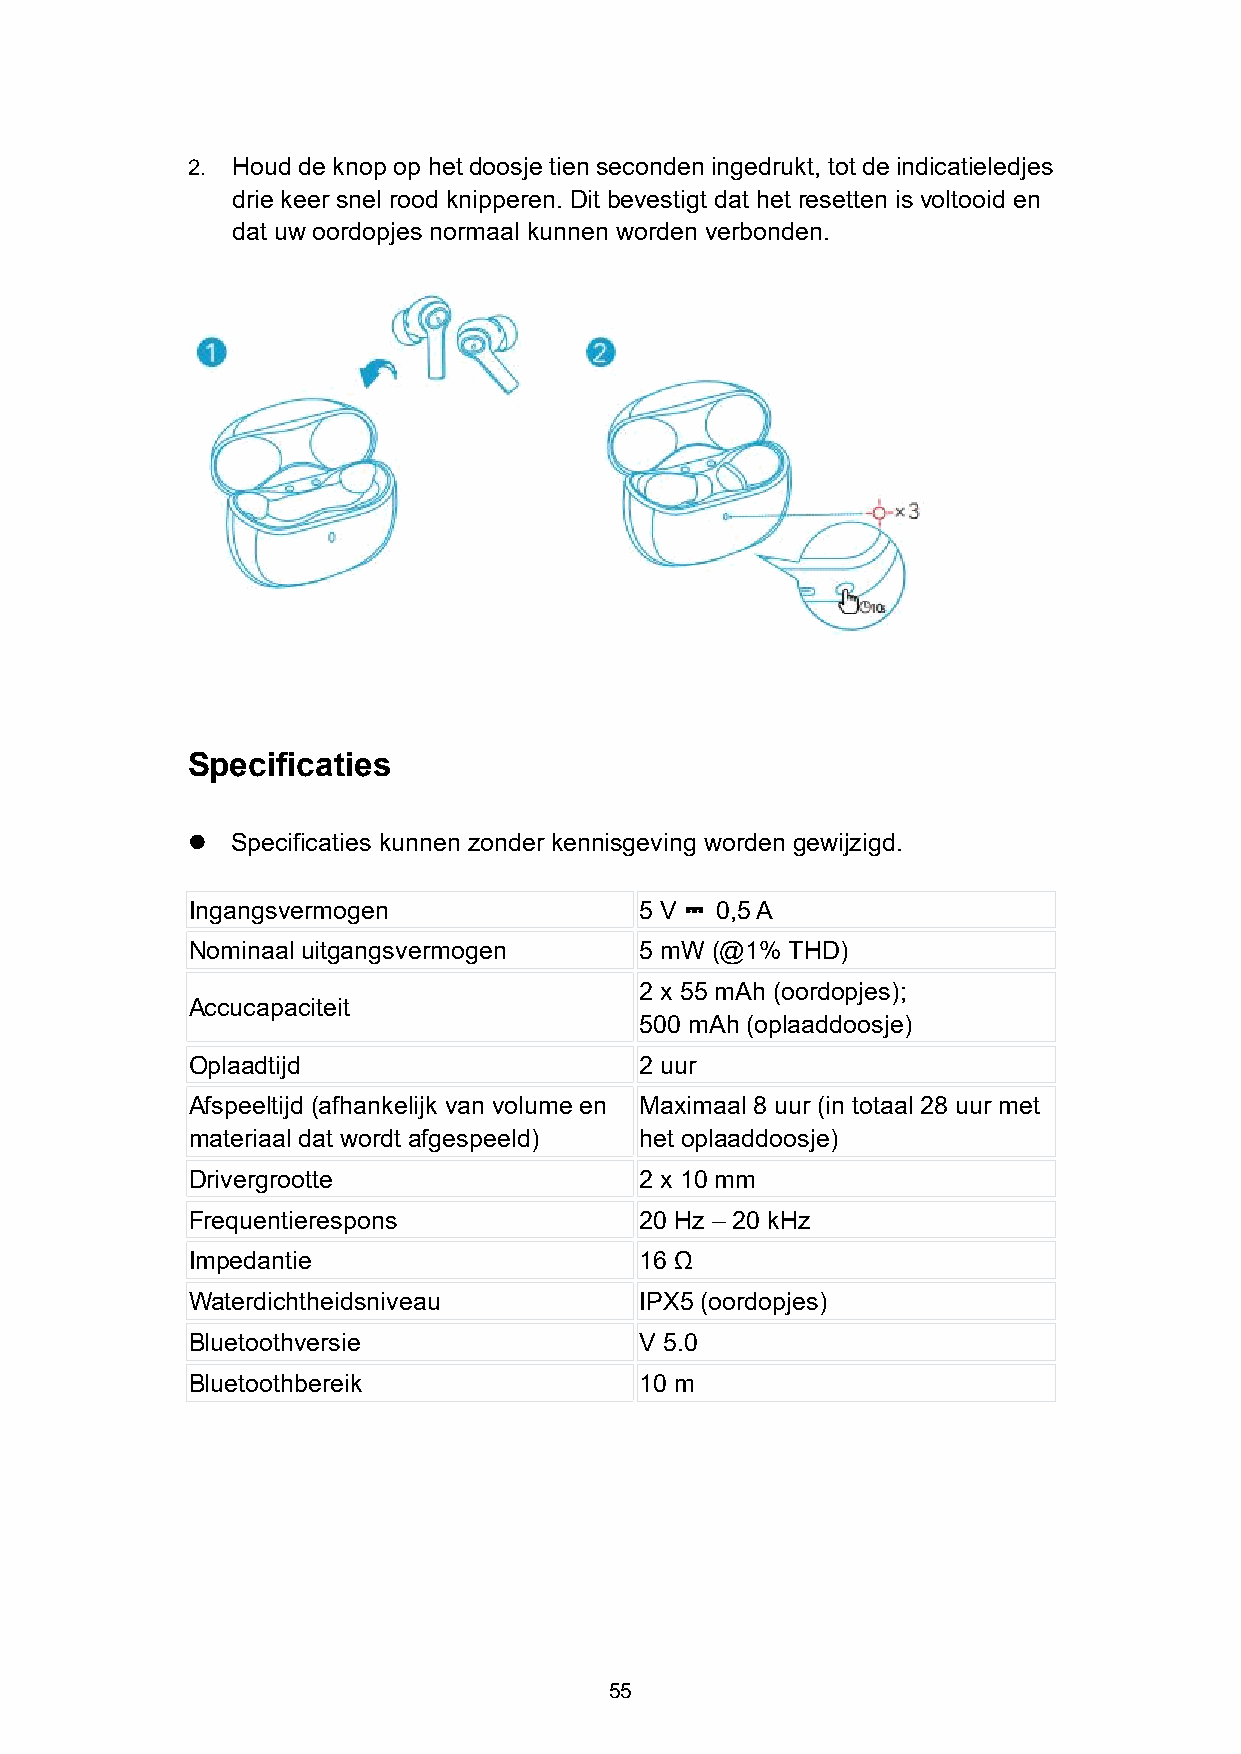
2. Houd de knop op het doosje tien seconden ingedrukt, tot de indicatieledjes
 drie keer snel rood knipperen. Dit bevestigt dat het resetten is voltooid en
 dat uw oordopjes normaal kunnen worden verbonden.
 Specificaties
   Specificaties kunnen zonder kennisgeving worden gewijzigd.
 Ingangsvermogen               5 V  0,5A
 ⎓
 Nominaal uitgangsvermogen     5 mW (@1% THD)
 2 x 55 mAh (oordopjes);
 Accucapaciteit
 500 mAh (oplaaddoosje)
 Oplaadtijd                    2 uur
 Afspeeltijd (afhankelijk van volume en Maximaal 8 uur (in totaal 28 uur met
 materiaal dat wordt afgespeeld) het oplaaddoosje)
 Drivergrootte                 2 x 10 mm
 Frequentierespons             20 Hz – 20 kHz
 Impedantie                    16 Ω
 Waterdichtheidsniveau         IPX5 (oordopjes)
 Bluetoothversie               V 5.0
 Bluetoothbereik               10 m
 55